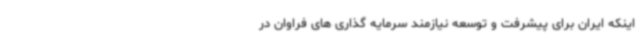
اینکه ایران برای پیشرفت و توسعه نیازمند سرمایه گذاری های فراوان در